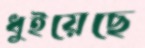
ধুইয়েছে